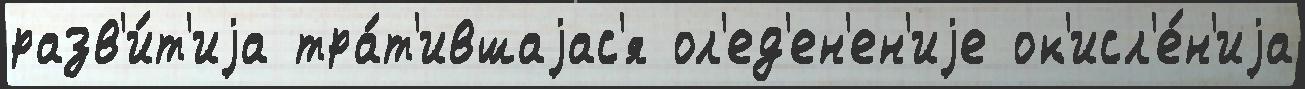
разв'и́т'иjа тра́т'ившаjас'я ол'ед'ен'ен'иjе ок'исл'е́н'иjа